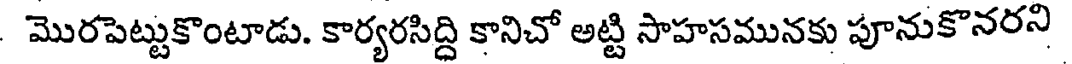
మొరపెట్టుకొంటాడు. కార్యరసిద్ది కానిచో అట్టి సాహసమునకు పూనుకొనరని